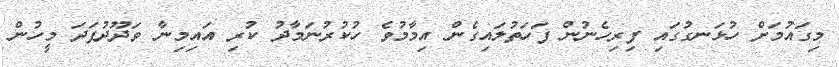
މިގައުމަށް ހުޅަނގުގައި ފިރިހެނުން ފަހަތުލައިގެން އިމާމުވެ ހުކުރުނަމާދު ކުރި އައިމިނާ ވަދޫދުފަދަ މީހުން